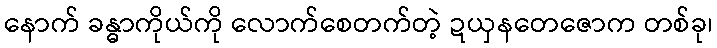
နောက် ခန္ဓာကိုယ်ကို လောက်စေတက်တဲ့ ဍယှနတေဇောက တစ်ခု၊